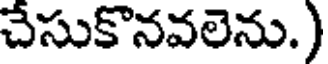
చేసుకొనవలెను.)